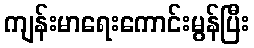
ကျန်းမာရေးကောင်းမွန်ပြီး